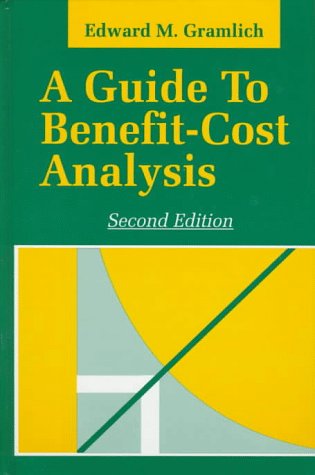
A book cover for A Guide to Benefit-Cost Analysis; Edward M. Gramlich; Business & Money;